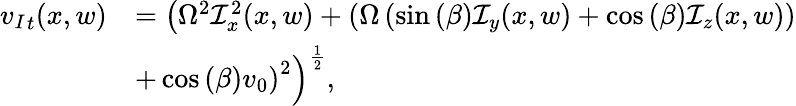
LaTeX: \begin{array}{rl}{{v_{I}}_{t}(x,w)}&{=\left(\Omega^{2}\mathcal{I}_{x}^{2}(x,w)+\left(\Omega\left(\sin{(\beta)}\mathcal{I}_{y}(x,w)+\cos{(\beta)}\mathcal{I}_{z}(x,w)\right)\right.\right.}\\ &{\left.\left.+\cos{(\beta)}v_{0}\right)^{2}\right)^{\frac{1}{2}},}\end{array}